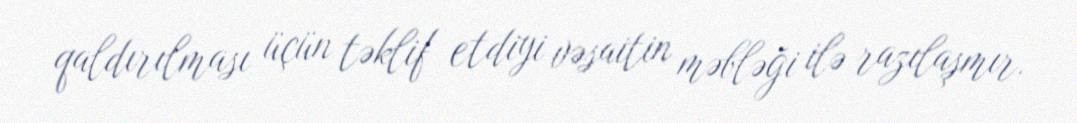
qaldırılması üçün təklif etdiyi vəsaitin məbləği ilə razılaşmır.